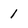
Character: 1